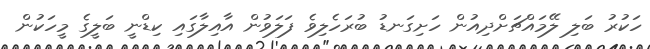
ހަކުރު ބަލި ލޭމައްޗަށްދިއުން ހަށިގަނޑު ބުރަހެލިވެ ފަލަވުން އާއިލާގައި ކިޑްނީ ބަލީގެ މީހަކުން